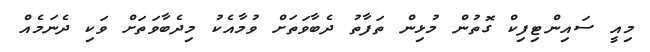
މިއީ ސައިންޓިފިކް ގޮތުން މުޅިން ތަފާތު ދެބާވަތަށް ވުމާއެކު މިދެބާވަތަށް ވަކި ދެނަމެއް